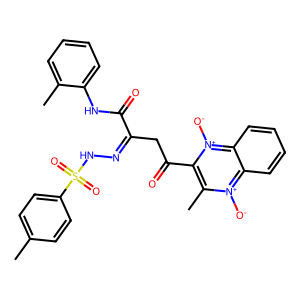
SMILES: Cc1ccc(S(=O)(=O)NN=C(CC(=O)c2c(C)[n+]([O-])c3ccccc3[n+]2[O-])C(=O)Nc2ccccc2C)cc1
Inhibits HIV replication: No